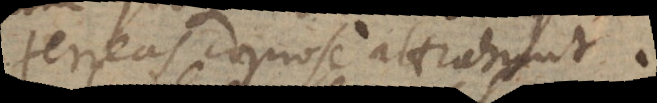
ferreas copiose attrahunt.